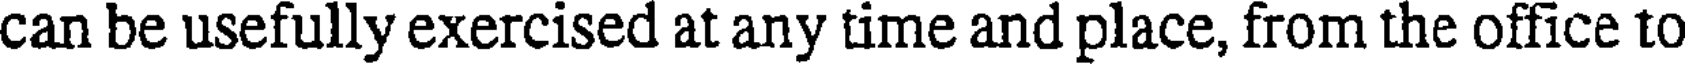
can be usefully exercised at any time and place, from the office to